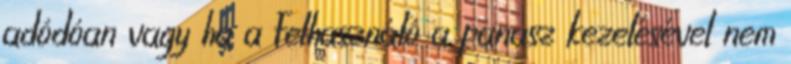
adódóan vagy ha a Felhasználó a panasz kezelésével nem